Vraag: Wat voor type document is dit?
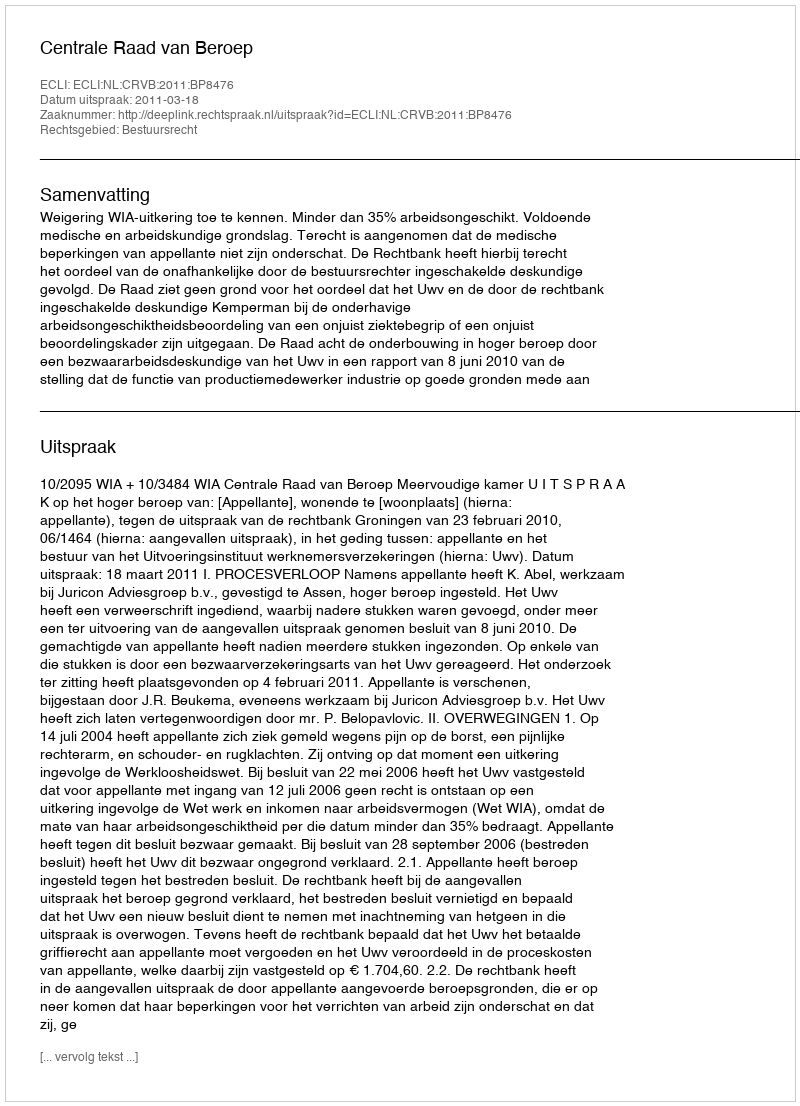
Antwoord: Uitspraak